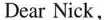
Dear Nick